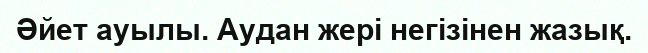
Әйет ауылы. Аудан жері негізінен жазық.